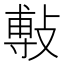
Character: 𭤅